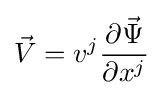
{\vec {V}}=v^{j}{\frac {\partial {\vec {\Psi }}}{\partial x^{j}}}